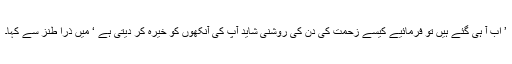
’ اب آ ہی گئے ہیں تو فرمائیے کیسے زحمت کی دن کی روشنی شاید آپ کی آنکھوں کو خیرہ کر دیتی ہے ‘ میں ذرا طنز سے کہا۔